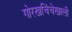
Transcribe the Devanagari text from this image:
गोरखचिंचेखाली